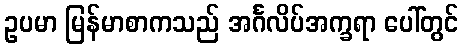
ဥပမာ မြန်မာစာကသည် အင်္ဂလိပ်အက္ခရာ ပေါ်တွင်